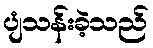
ပျံသန်းခဲ့သည်